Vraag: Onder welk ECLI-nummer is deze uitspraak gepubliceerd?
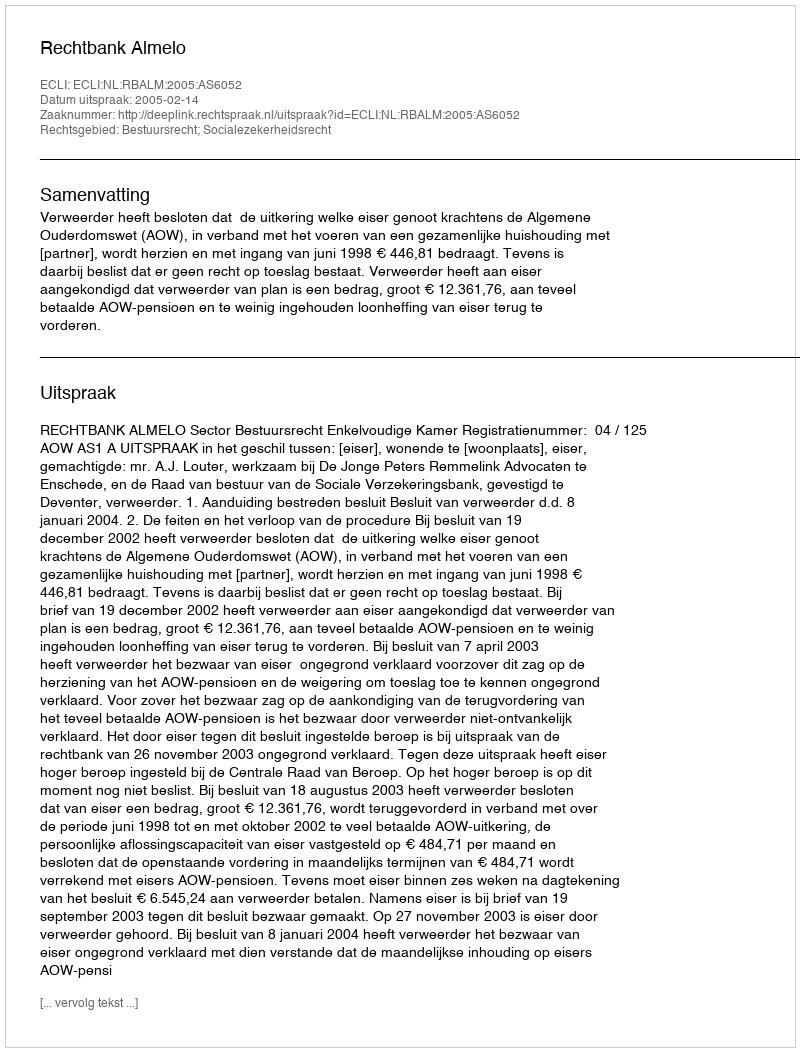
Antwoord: ECLI:NL:RBALM:2005:AS6052